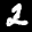
Label: 2